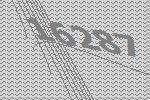
16287